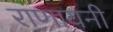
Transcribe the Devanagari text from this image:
राणायनी